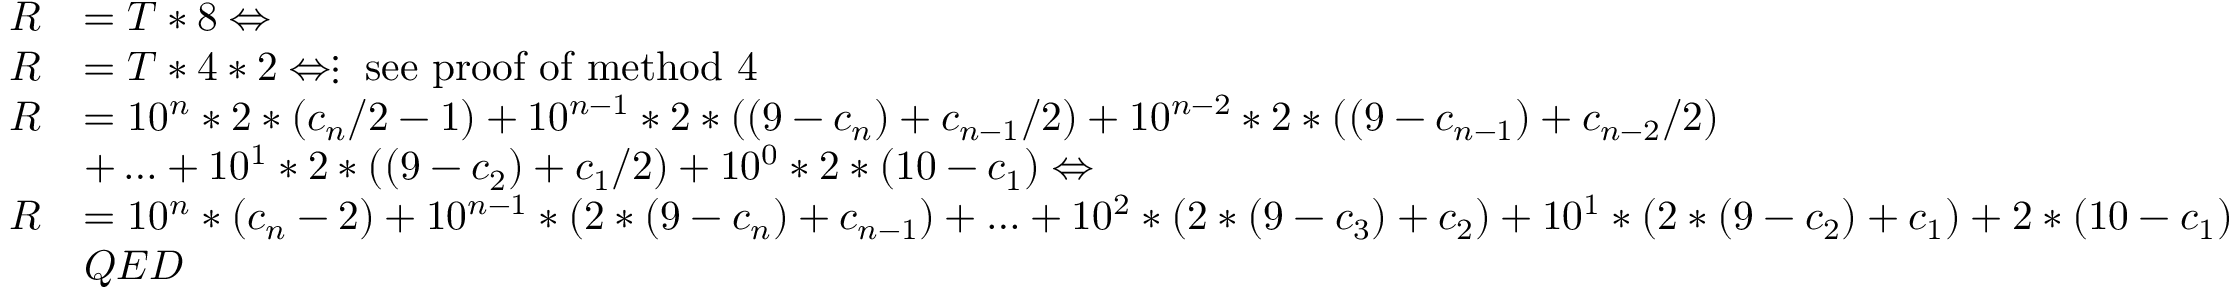
{ \begin{array} { r l } { R } & { = T * 8 \Leftrightarrow } \\ { R } & { = T * 4 * 2 \Leftrightarrow \vdots { \mathrm { ~ s e e ~ p r o o f ~ o f ~ m e t h o d ~ 4 } } } \\ { R } & { = 1 0 ^ { n } * 2 * ( c _ { n } / 2 - 1 ) + 1 0 ^ { n - 1 } * 2 * ( ( 9 - c _ { n } ) + c _ { n - 1 } / 2 ) + 1 0 ^ { n - 2 } * 2 * ( ( 9 - c _ { n - 1 } ) + c _ { n - 2 } / 2 ) } \\ & { + \ldots + 1 0 ^ { 1 } * 2 * ( ( 9 - c _ { 2 } ) + c _ { 1 } / 2 ) + 1 0 ^ { 0 } * 2 * ( 1 0 - c _ { 1 } ) \Leftrightarrow } \\ { R } & { = 1 0 ^ { n } * ( c _ { n } - 2 ) + 1 0 ^ { n - 1 } * ( 2 * ( 9 - c _ { n } ) + c _ { n - 1 } ) + \ldots + 1 0 ^ { 2 } * ( 2 * ( 9 - c _ { 3 } ) + c _ { 2 } ) + 1 0 ^ { 1 } * ( 2 * ( 9 - c _ { 2 } ) + c _ { 1 } ) + 2 * ( 1 0 - c _ { 1 } ) } \\ & { Q E D } \end{array} }